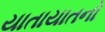
યાતાયાતનો